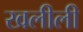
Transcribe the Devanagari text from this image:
खलीली